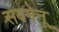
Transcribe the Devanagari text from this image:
सबमेनू